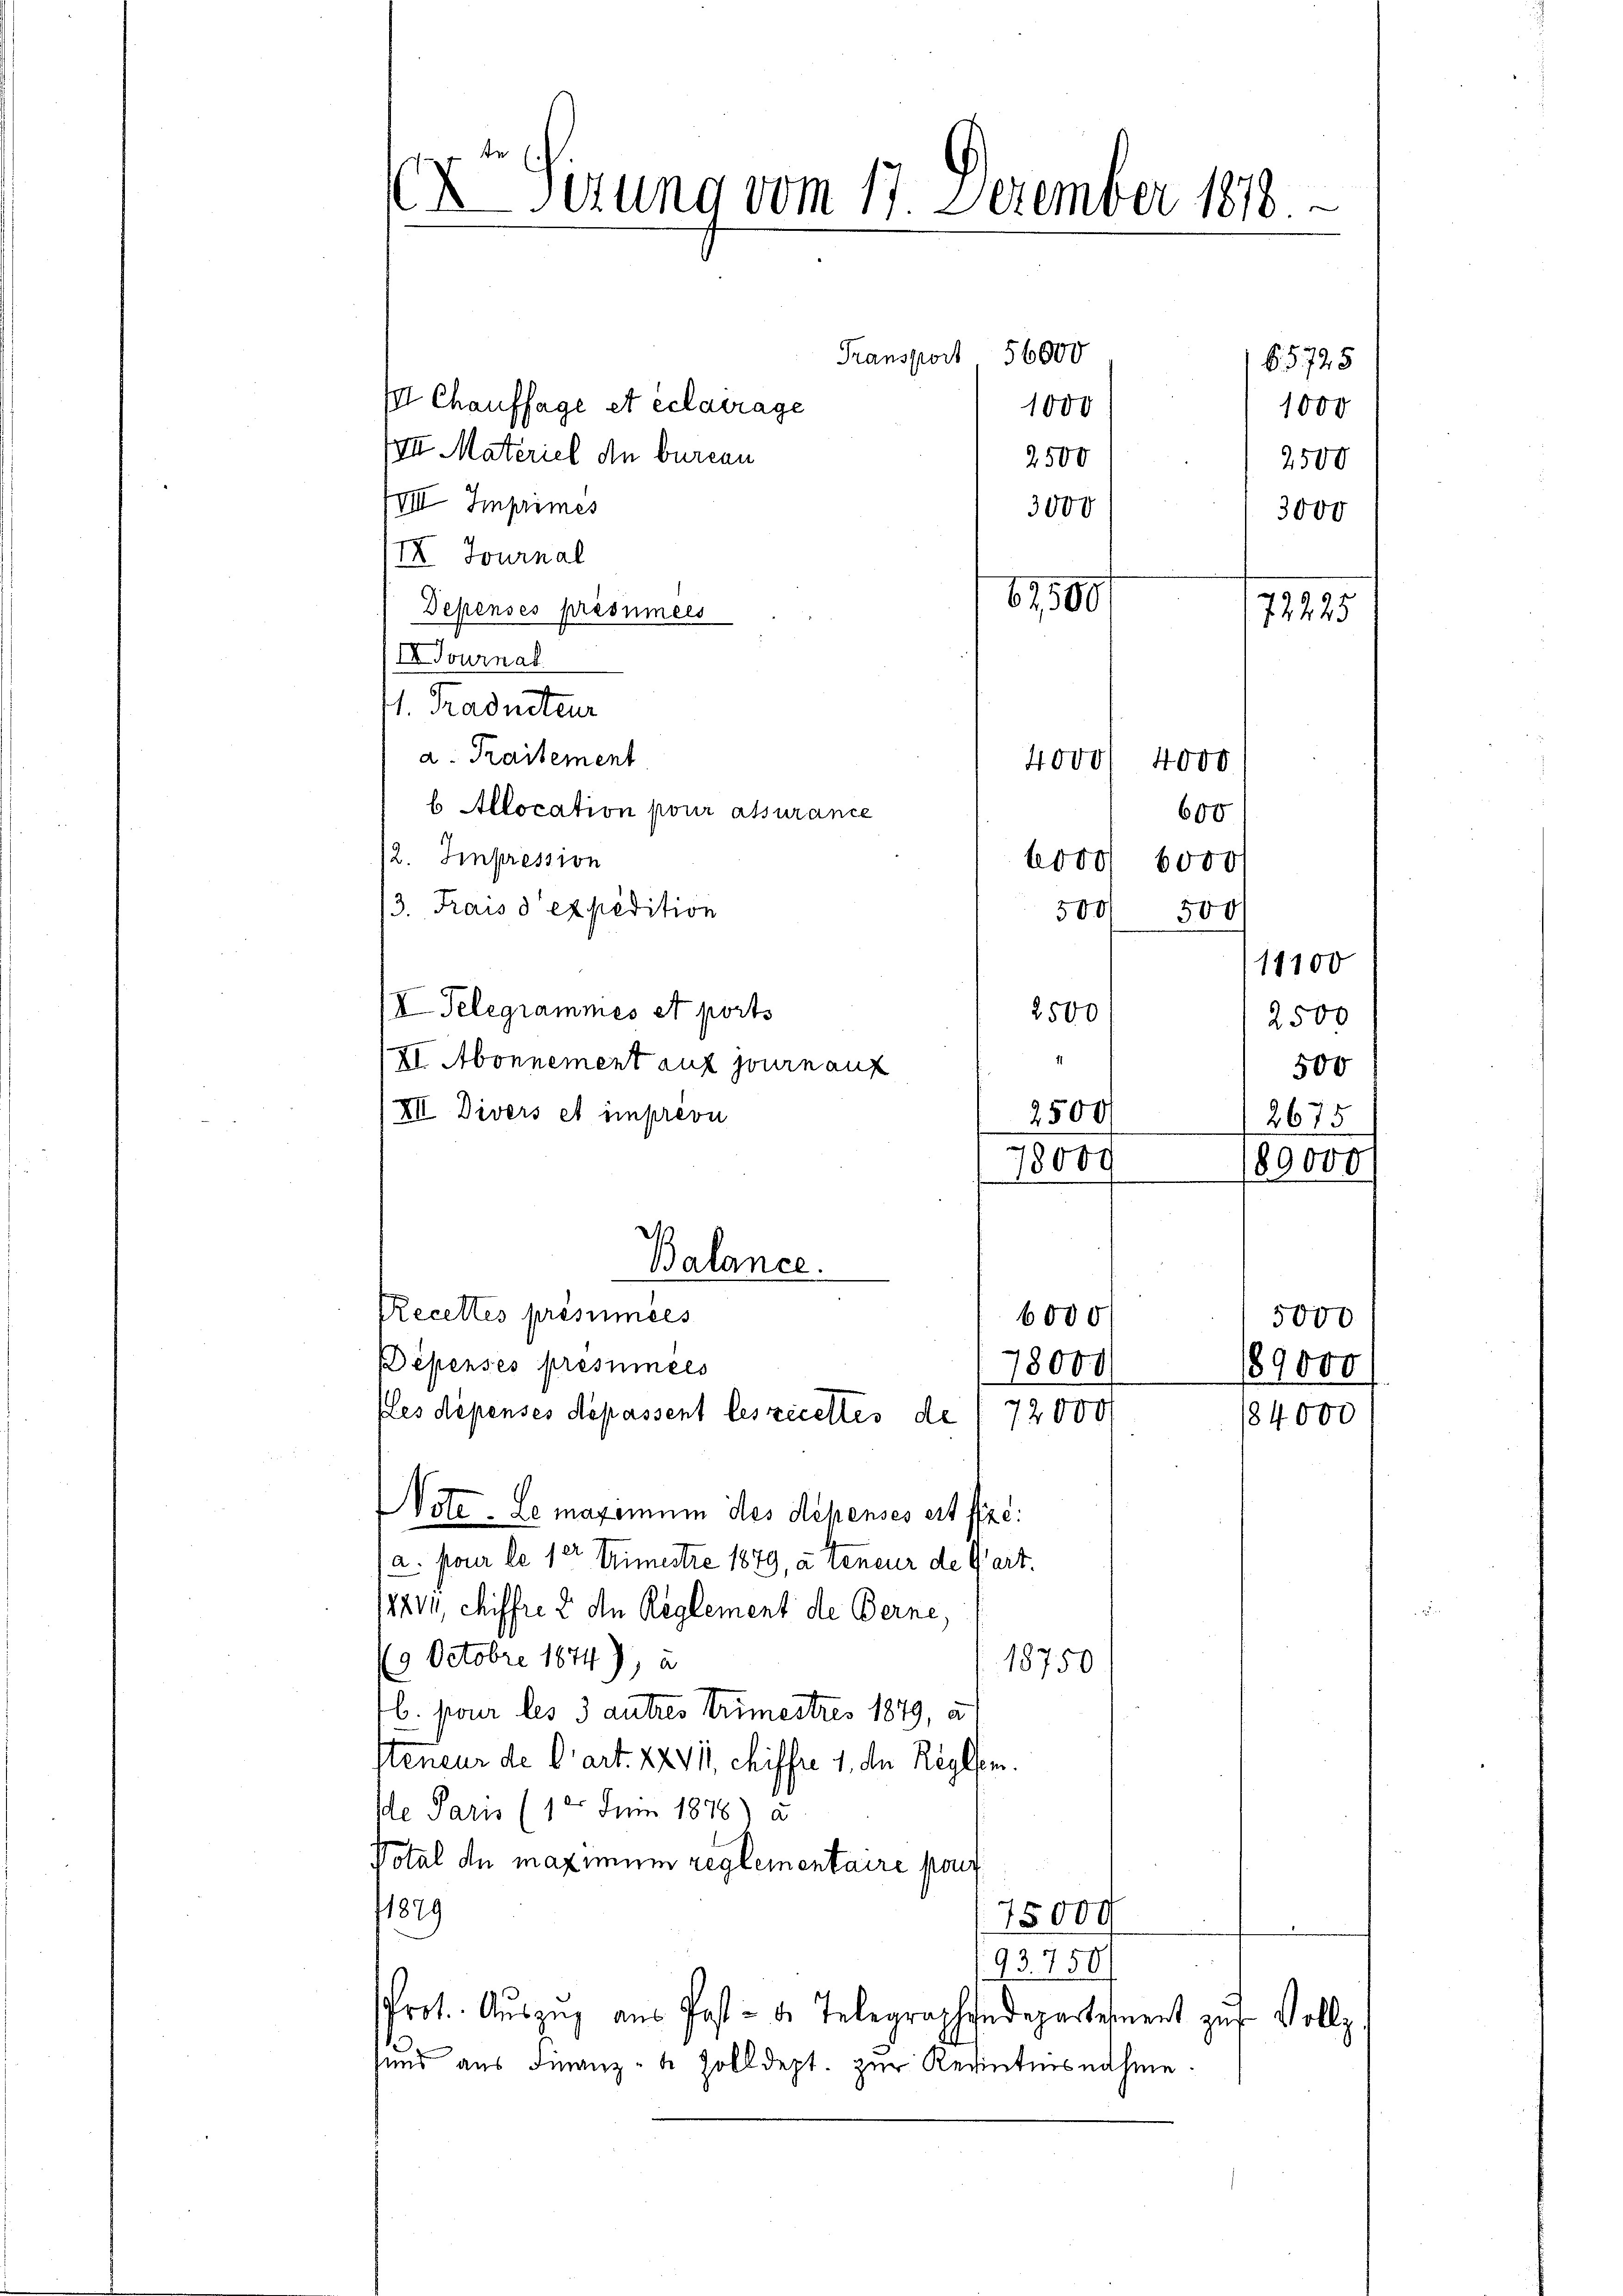
Sizung vom 17. Dezember 1818.

Transport 56000

I Chaufsage et éclarage
1000
VIII. Materiel an bureau
2500
VIII Imprimes
3000
IX. Journal
67,500
Depensés présumées
IJournal
1. Praduiteur
a. Traitement
b. Allocation pour assurance
12. Impression
3. Frais d expedition
I Telegrammes et ports
XI. Abonnement auf Journ auf
XII Divers et imprévu
Balance.
Recettes présumées
6000
Dépensés pressinees
18000
ples dépenses dépassent leszecettes de 1 72000
Note. Le maximum des Repenses ert fre
/a pour le 12 Trimestre 1889, a teneur de Gart.
12841, chiffre 2 An Reglement de Berne,
(9 Octobre 1874), u
18750
b. pour les 3 autres Krimestres 1849, a
steneur de l’art. XXVII, chiffre 1. der Reglem
de Paris (1 Juin 1876) u.
Potal de maximum reglementaire pour
1879
75000
93. 750
Prot. Auszug aus Post- u. Telegraphendepartement zur Vollz
sund aus Finanz- & Zolldept. zur Kenntnisnahme

4000
4000
600
6000/ 6000
500 500
11100
2500
2500
11
500
2500
2675
78009 180000

65745
1000
2500
3000

72225

5000
189000
84000